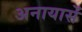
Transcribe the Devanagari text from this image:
अनायासें